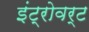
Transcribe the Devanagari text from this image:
इंट्रोवर्ट